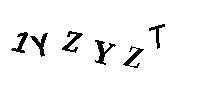
1YZYZT